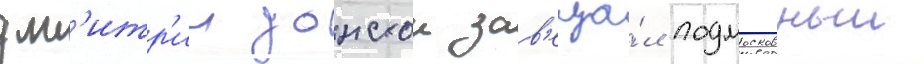
дм'итр'ии донскои зав'еща́л подмосковныи